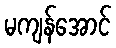
မကျန်အောင်